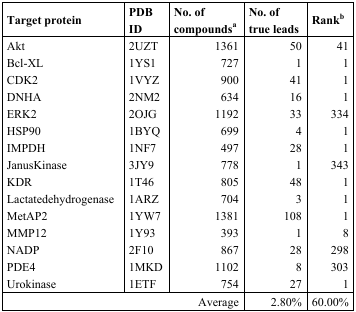
<table><thead><tr><td><b>Target protein</b></td><td><b>PDB ID</b></td><td><b>No. of compoundsa</b></td><td><b>No. of true leads</b></td><td><b>Rankb</b></td></tr></thead><tbody><tr><td>Akt</td><td>2UZT</td><td>1361</td><td>50</td><td>41</td></tr><tr><td>Bcl-XL</td><td>1YS1</td><td>727</td><td>1</td><td>1</td></tr><tr><td>CDK2</td><td>1VYZ</td><td>900</td><td>41</td><td>1</td></tr><tr><td>DNHA</td><td>2NM2</td><td>634</td><td>16</td><td>1</td></tr><tr><td>ERK2</td><td>2OJG</td><td>1192</td><td>33</td><td>334</td></tr><tr><td>HSP90</td><td>1BYQ</td><td>699</td><td>4</td><td>1</td></tr><tr><td>IMPDH</td><td>1NF7</td><td>497</td><td>28</td><td>1</td></tr><tr><td>JanusKinase</td><td>3JY9</td><td>778</td><td>1</td><td>343</td></tr><tr><td>KDR</td><td>1T46</td><td>805</td><td>48</td><td>1</td></tr><tr><td>Lactatedehydrogenase</td><td>1ARZ</td><td>704</td><td>3</td><td>1</td></tr><tr><td>MetAP2</td><td>1YW7</td><td>1381</td><td>108</td><td>1</td></tr><tr><td>MMP12</td><td>1Y93</td><td>393</td><td>1</td><td>8</td></tr><tr><td>NADP</td><td>2F10</td><td>867</td><td>28</td><td>298</td></tr><tr><td>PDE4</td><td>1MKD</td><td>1102</td><td>8</td><td>303</td></tr><tr><td>Urokinase</td><td>1ETF</td><td>754</td><td>27</td><td>1</td></tr><tr><td colspan="3">Average</td><td>2.80%</td><td>60.00%</td></tr></tbody></table>